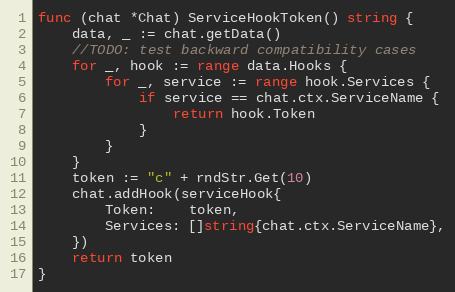
Language: Go
func (chat *Chat) ServiceHookToken() string {
	data, _ := chat.getData()
	//TODO: test backward compatibility cases
	for _, hook := range data.Hooks {
		for _, service := range hook.Services {
			if service == chat.ctx.ServiceName {
				return hook.Token
			}
		}
	}
	token := "c" + rndStr.Get(10)
	chat.addHook(serviceHook{
		Token:    token,
		Services: []string{chat.ctx.ServiceName},
	})
	return token
}